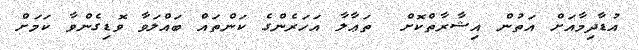
އުޑާދިމާއަށް އަތުން އިޝާރާތްކޮށް  ތަޢާލާ އަހަރެންގެ ކަންތައް ބައްލަވާ ވޮޑިގެންވާ ކަމަށް